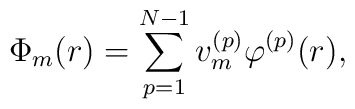
\Phi_m(r) = \sum_{p=1}^{N-1} v_m^{(p)}\varphi^{(p)}(r) ,